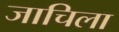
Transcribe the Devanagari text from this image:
जाचिला